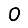
Digit: 0